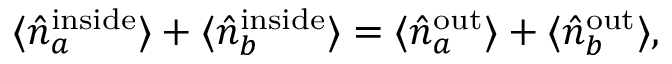
\begin{array} { r } { \langle \hat { n } _ { a } ^ { \mathrm { { i n s i d e } } } \rangle + \langle \hat { n } _ { b } ^ { \mathrm { { i n s i d e } } } \rangle = \langle \hat { n } _ { a } ^ { \mathrm { { o u t } } } \rangle + \langle \hat { n } _ { b } ^ { \mathrm { { o u t } } } \rangle , } \end{array}